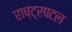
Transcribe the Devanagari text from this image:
राष्ट्रपटल